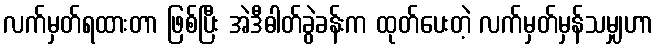
လက်မှတ်ရထားတာ ဖြစ်ပြီး အဲဒီဓါတ်ခွဲခန်းက ထုတ်ပေးတဲ့ လက်မှတ်မှန်သမျှဟာ